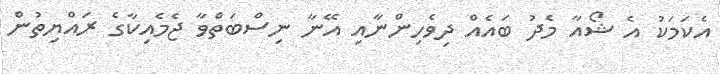
އެކަމަކު އެ ޝޯއާ މެދު ބައެއް ދިވެހިންނާއި އޭނާ ނިސްބަތްވާ ޖެމެއިކާގެ ރައްޔިތުން